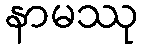
နာမဿု